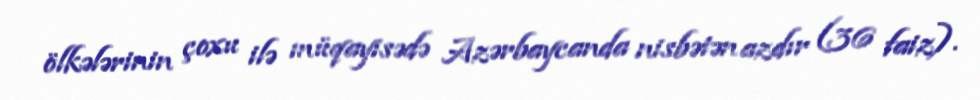
ölkələrinin çoxu ilə müqayisədə Azərbaycanda nisbətən azdır (36 faiz).